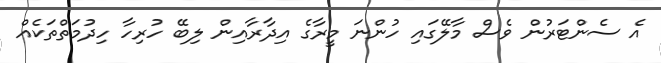
އެ ސެންޓަރުން ވެސް މާލޭގައި ހުންނަ މީރާގެ އިދާރާއިން ލިބޭ ހުރިހާ ހިދުމަތްތަކެއް